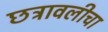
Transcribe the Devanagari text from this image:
छत्रावलीचा